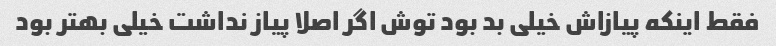
فقط اینکه پیازاش خیلی بد بود توش اگر اصلا پیاز نداشت خیلی بهتر بود